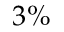
3 \%